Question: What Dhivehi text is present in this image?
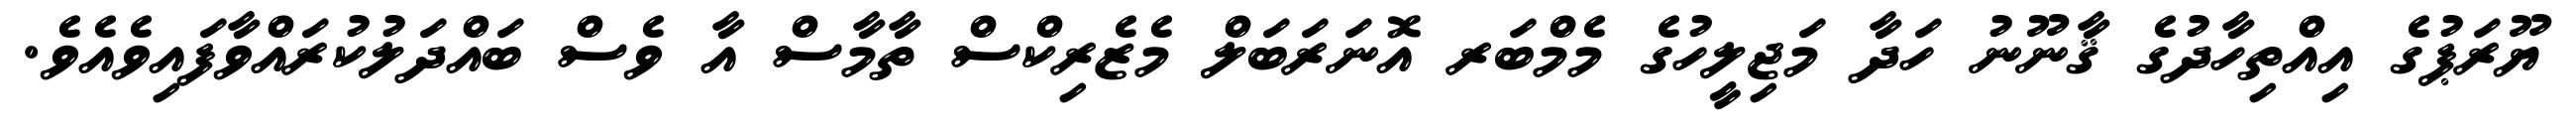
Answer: ޔޫރަޕުގެ އިއްތިހާދުގެ ޤާނޫނު ހަދާ މަޖިލީހުގެ މެމްބަރ އޮނަރަބަލް މެޒެރިކްސް ތާމާސް އާ ވެސް ބައްދަލުކުރައްވާފައިވެއެވެ.